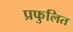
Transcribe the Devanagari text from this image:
प्रफुलित